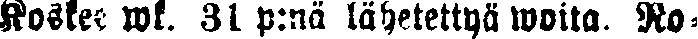
Koskee wk. 3l p:nä lähetettyä woita. Ro-